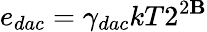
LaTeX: e_{dac}=\gamma_{dac}kT2^{2\mathbf{B}}